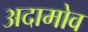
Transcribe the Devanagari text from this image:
अदामोव